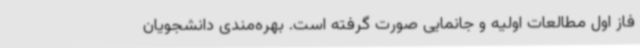
فاز اول مطالعات اولیه و جانمایی صورت‌ گرفته است. بهره‌مندی دانشجویان